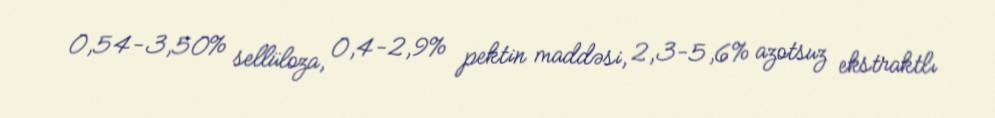
0,54-3,50% sellüloza, 0,4-2,9% pektin maddəsi, 2,3-5,6% azotsuz ekstraktlı